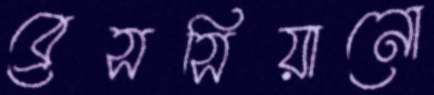
ব্রেসসিয়ানো